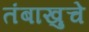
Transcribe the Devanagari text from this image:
तंबाखुचे